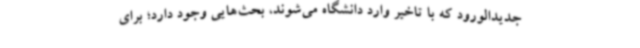
جدیدالورود که با تاخیر وارد دانشگاه می‌شوند، بحث‌هایی وجود دارد؛ برای